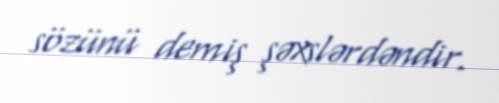
sözünü demiş şəxslərdəndir.